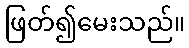
ဖြတ်၍မေးသည်။